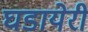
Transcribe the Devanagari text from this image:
घडायेरी